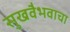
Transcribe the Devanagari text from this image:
सुखवैभवाचा